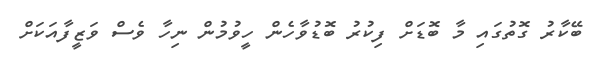
ބޭކާރު ގޮތުގައި މާ ބޮޑަށް ފިކުރު ބޮޑުވާހެން ހީވުމުން ނިހާ ވެސް ވަޒީފާއަކަށް